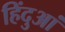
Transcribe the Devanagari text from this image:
हिंदुआं